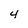
Character: 4